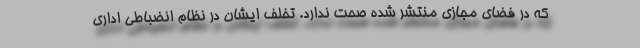
که در فضای مجازی منتشر شده صحت ندارد. تخلف ایشان در نظام انضباطی اداری